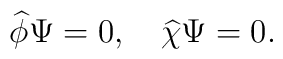
\widehat{\phi}\Psi=0,\quad\widehat{\chi}\Psi=0.